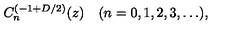
C _ { n } ^ { ( - 1 + D / 2 ) } ( z ) \quad ( n = 0 , 1 , 2 , 3 , \ldots ) ,